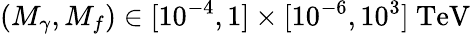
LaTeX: (M_{\gamma},M_{f})\in[10^{-4},1]\times[10^{-6},10^{3}]\ \mathrm{TeV}